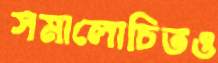
সমালোচিতও